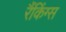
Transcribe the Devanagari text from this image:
रैंकिंग्स